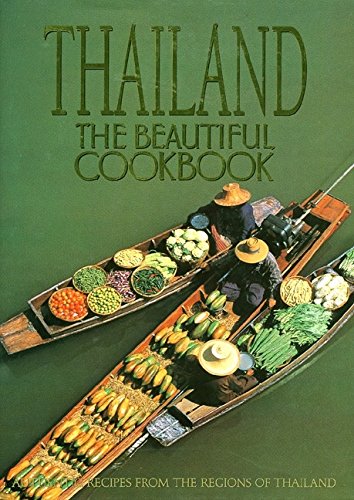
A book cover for Thailand: The Beautiful Cookbook; Panurat Poladitmontr; Cookbooks, Food & Wine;